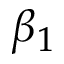
\beta _ { 1 }